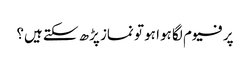
پرفیوم لگا ہوا ہو تو نماز پڑھ سکتے ہیں؟